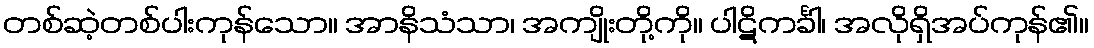
တစ်ဆဲ့တစ်ပါးကုန်သော။ အာနိသံသာ၊ အကျိုးတို့ကို။ ပါဋိကင်္ခါ၊ အလိုရှိအပ်ကုန်၏။